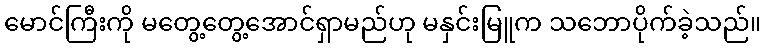
မောင်ကြီးကို မတွေ့တွေ့အောင်ရှာမည်ဟု မနှင်းမြူက သဘောပိုက်ခဲ့သည်။